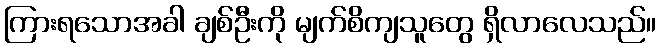
ကြားရသောအခါ ချစ်ဦးကို မျက်စိကျသူတွေ ရှိလာလေသည်။